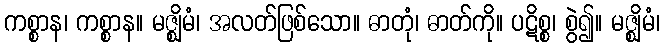
ကစ္စာန၊ ကစ္စာန။ မဇ္ဈိမံ၊ အလတ်ဖြစ်သော။ ဓာတုံ၊ ဓာတ်ကို။ ပဋိစ္စ၊ စွဲ၍။ မဇ္ဈိမံ၊